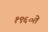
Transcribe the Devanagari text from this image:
१९६०ते